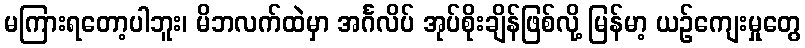
မကြားရတော့ပါဘူး၊ မိဘလက်ထဲမှာ အင်္ဂလိပ် အုပ်စိုးချိန်ဖြစ်လို့ မြန်မာ့ ယဉ်ကျေးမှုတွေ